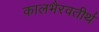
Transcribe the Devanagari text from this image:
कालभैरवतीर्थ